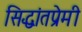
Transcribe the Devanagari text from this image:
सिद्धांतप्रेमी